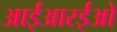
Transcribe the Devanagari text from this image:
आईआरईओ